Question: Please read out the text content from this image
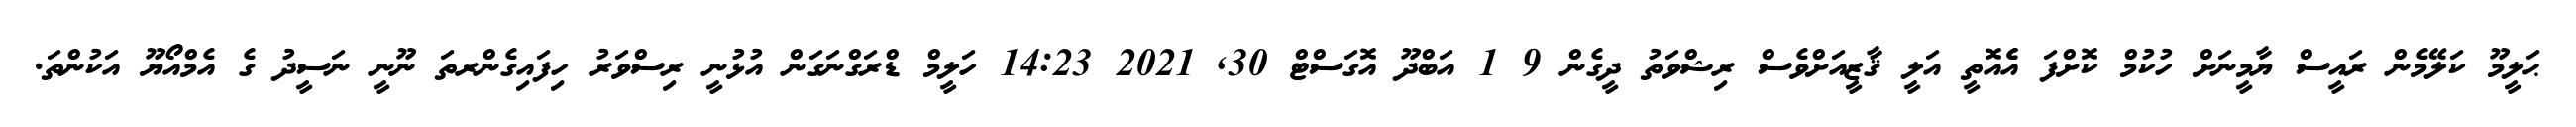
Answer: ޙަލީމޫ ކަލޭމެން ރައީސް ޔާމީނަށް ހުކުމް ކޮށްފަ އެެއޮތީ އަލީ ޤާޒީއަށްވެސް ރިޝްވަތު ދީގެން 9 1 އަބްދޫ އޮގަސްޓް 30, 2021 14:23 ހަލީމް ޑްރަގްނަގަން އުޅުނީ ރިސްވަރު ހިފައިގެންރތަ ނޫނީ ނަސީދު ގެ އެމްއޯޔޫ އަކުންތަ.